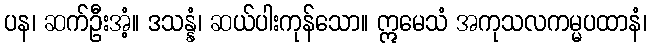
ပန၊ ဆက်ဦးအံ့။ ဒသန္နံ၊ ဆယ်ပါးကုန်သော။ ဣမေသံ အကုသလကမ္မပထာနံ၊